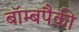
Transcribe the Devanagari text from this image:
बॉम्बपैकी